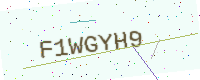
Text: F1WGYH9